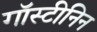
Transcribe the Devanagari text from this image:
गॉस्टीनिन